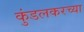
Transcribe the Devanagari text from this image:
कुंडलकरच्या